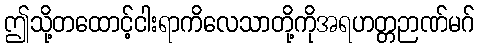
ဤသို့တထောင့်ငါးရာကိလေသာတို့ကိုအရဟတ္တဉာဏ်မဂ်